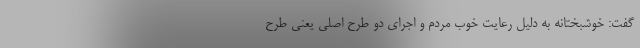
گفت: خوشبختانه به دلیل رعایت خوب مردم و اجرای دو طرح اصلی یعنی طرح